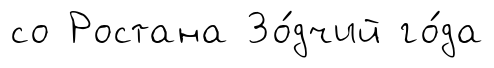
со Ростана Зо́дчий го́да